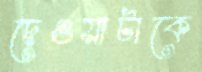
দেওয়াটাকে